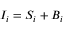
I _ { i } = S _ { i } + B _ { i }